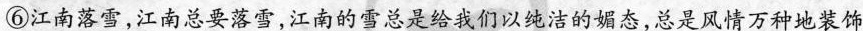
⑥江南落雪，江南总要落雪，江南的雪总是给我们以纯洁的媚态，总是风情万种地装饰